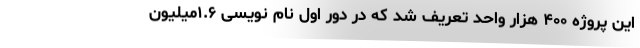
این پروژه ۴۰۰ هزار واحد تعریف شد که در دور اول نام نویسی ۱.۶میلیون